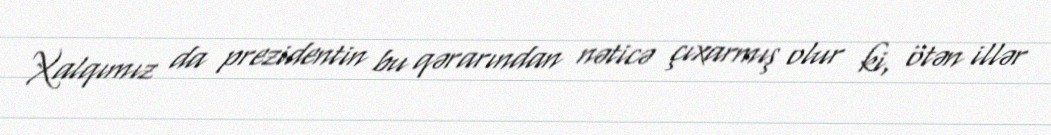
Xalqımız da prezidentin bu qərarından nəticə çıxarmış olur ki, ötən illər